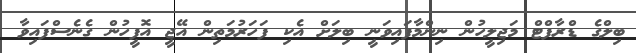
ބިލްގެ ޑްރާފްޓް މަޖިލީހުން ނިންމާފައިވަނީ ބިލަށް އެކި ފަހަރުމަތިން އޭޖީ އޮފީހުން ގެނެސްފައިވާ